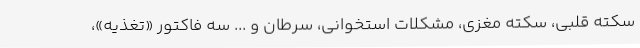
سکته قلبی، سکته مغزی، مشکلات استخوانی، سرطان و ... سه فاکتور «تغذیه»،